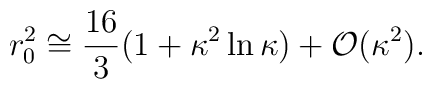
r_0^2\cong\frac{16}{3}(1+\kappa^2\ln \kappa) +{\cal O}(\kappa^2).